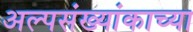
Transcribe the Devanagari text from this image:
अल्पसंख्यांकाच्या